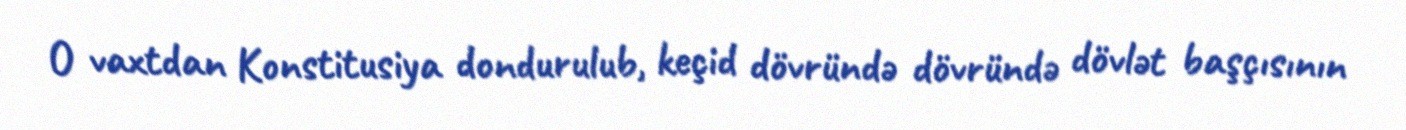
O vaxtdan Konstitusiya dondurulub, keçid dövründə dövründə dövlət başçısının